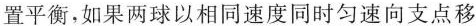
位置平衡，如果两球以相同速度同时匀速向支点移